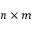
n \times m